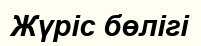
Жүріс бөлігі